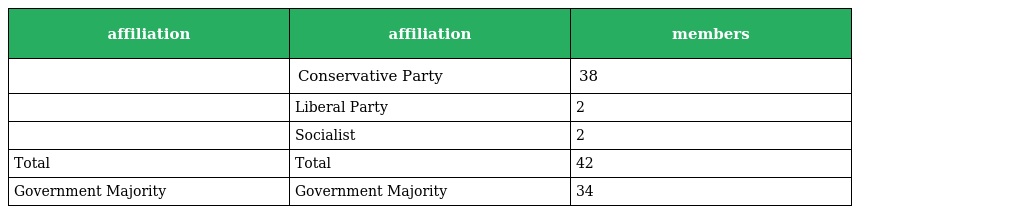
| affiliation | affiliation | members |
 | --- | --- | --- |
 |  | Conservative Party | 38 |
 |  | Liberal Party | 2 |
 |  | Socialist | 2 |
 | Total | Total | 42 |
 | Government Majority | Government Majority | 34 |